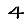
Digit: 4